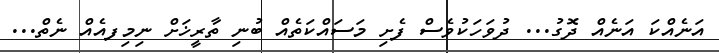
އަނެއްކަ އަނެއް ދޮގު... ދުވަހަކުވެސް ފެށި މަސައްކަތެއް ބުނި ތާރީޚަށް ނިމިފއެއް ނެތް...